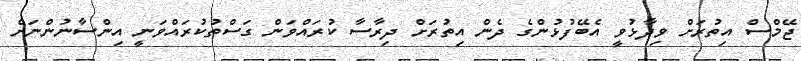
ޖޭމްސް އިތުރަށް ވިދާޅުވީ އެބޭފުޅުންގެ ދެން އިތުރަށް ދިރާސާ ކުރައްވަން ގަސްތުކުރައްވަނީ އިންސާނުންނަށް